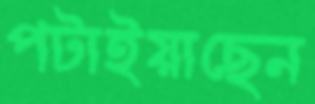
পটাইয়াছেন